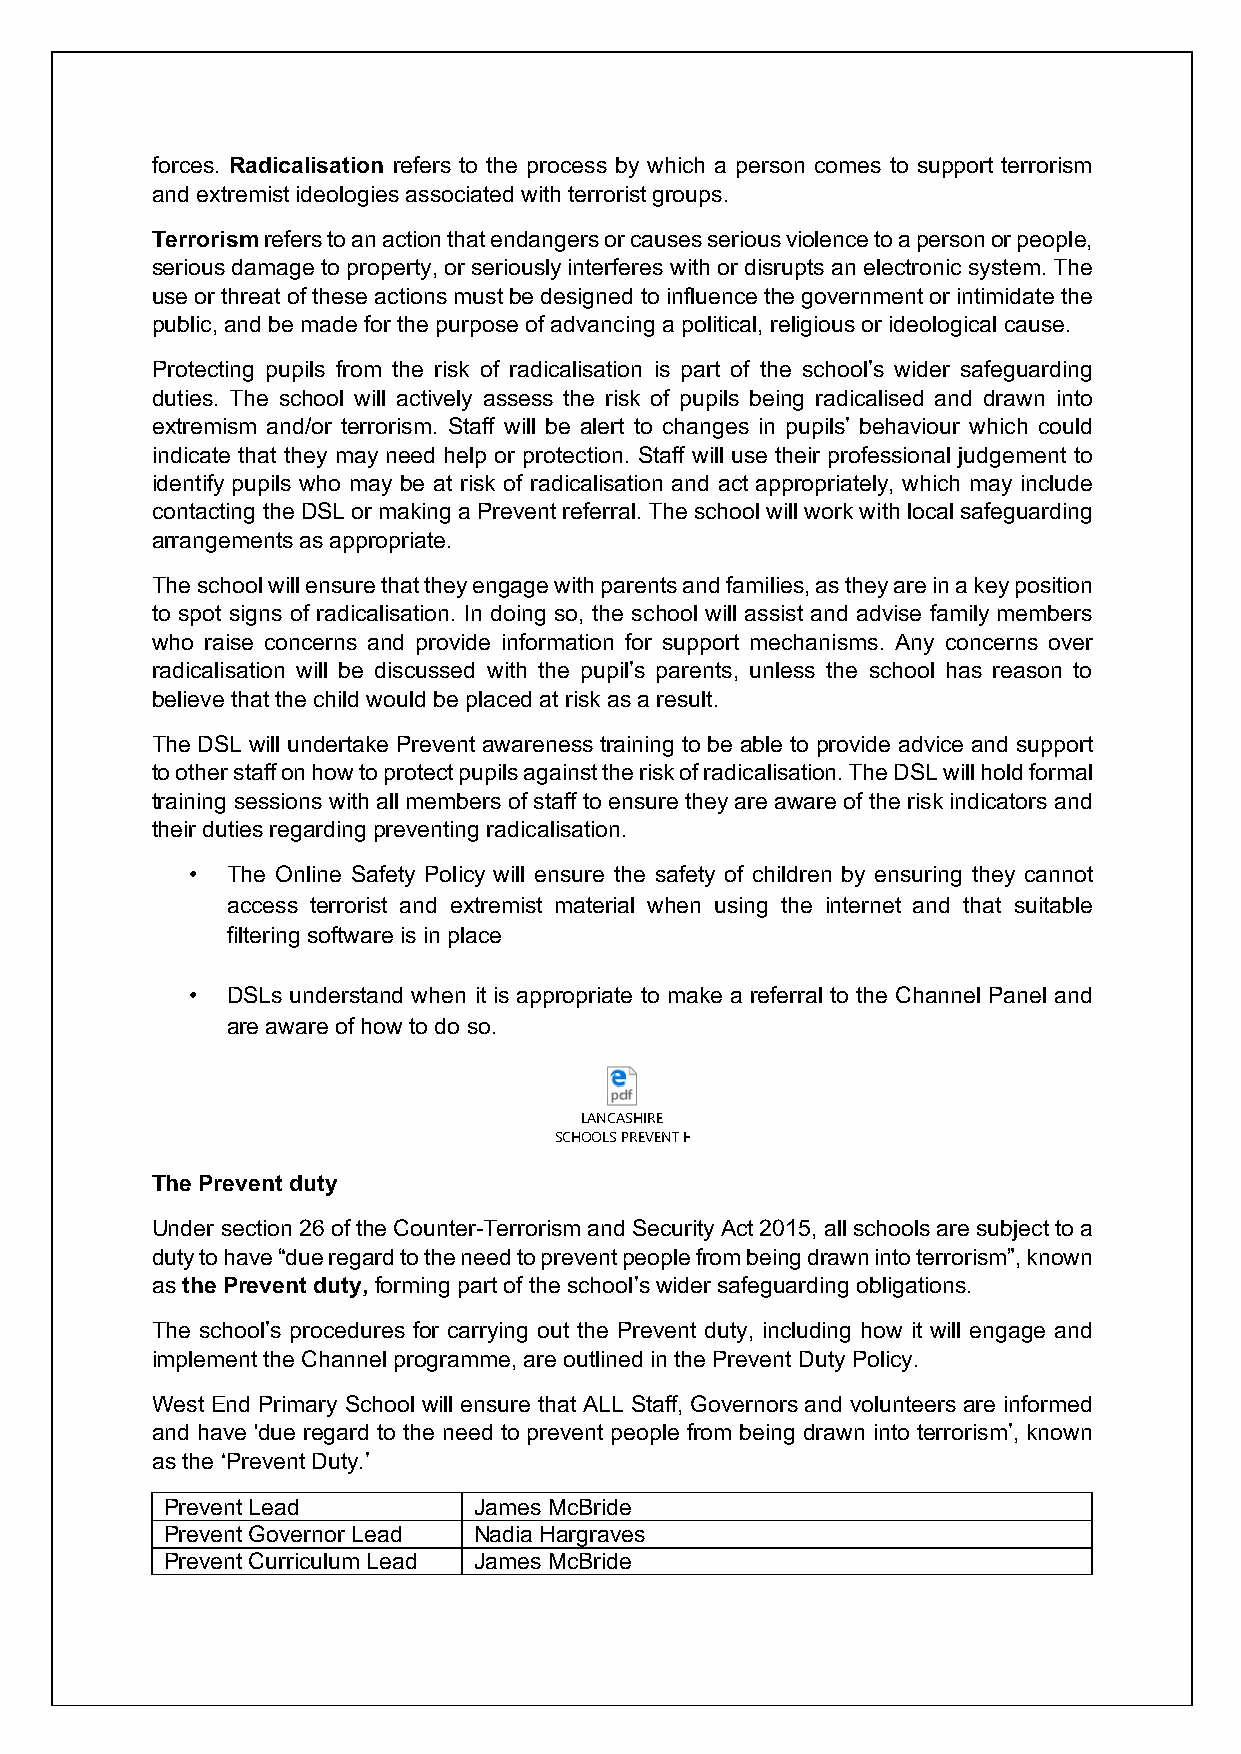
forces. Radicalisation refers to the process by which a person comes to support terrorism
 and extremist ideologies associated with terrorist groups.
 Terrorism refers to an action that endangers or causes serious violence to a person or people,
 serious damage to property, or seriously interferes with or disrupts an electronic system. The
 use or threat of these actions must be designed to influence the government or intimidate the
 public, and be made for the purpose of advancing a political, religious or ideological cause.
 Protecting pupils from the risk of radicalisation is part of the school’s wider safeguarding
 duties. The school will actively assess the risk of pupils being radicalised and drawn into
 extremism and/or terrorism. Staff will be alert to changes in pupils’ behaviour which could
 indicate that they may need help or protection. Staff will use their professional judgement to
 identify pupils who may be at risk of radicalisation and act appropriately, which may include
 contacting the DSL or making a Prevent referral. The school will work with local safeguarding
 arrangements as appropriate.
 The school will ensure that they engage with parents and families, as they are in a key position
 to spot signs of radicalisation. In doing so, the school will assist and advise family members
 who raise concerns and provide information for support mechanisms. Any concerns over
 radicalisation will be discussed with the pupil’s parents, unless the school has reason to
 believe that the child would be placed at risk as a result.
 The DSL will undertake Prevent awareness training to be able to provide advice and support
 to other staff on how to protect pupils against the risk of radicalisation. The DSL will hold formal
 training sessions with all members of staff to ensure they are aware of the risk indicators and
 their duties regarding preventing radicalisation.
 • The Online Safety Policy will ensure the safety of children by ensuring they cannot
 access terrorist and extremist material when using the internet and that suitable
 filtering software is in place
 • DSLs understand when it is appropriate to make a referral to the Channel Panel and
 are aware of how to do so.
 LANCASHIRE
 SCHOOLS PREVENT H ANDBOOK (004).pdf
 The Prevent duty
 Under section 26 of the Counter-Terrorism and Security Act 2015, all schools are subject to a
 duty to have “due regard to the need to prevent people from being drawn into terrorism”, known
 as the Prevent duty, forming part of the school’s wider safeguarding obligations.
 The school’s procedures for carrying out the Prevent duty, including how it will engage and
 implement the Channel programme, are outlined in the Prevent Duty Policy.
 West End Primary School will ensure that ALL Staff, Governors and volunteers are informed
 and have 'due regard to the need to prevent people from being drawn into terrorism’, known
 as the ‘Prevent Duty.’
 Prevent Lead        James McBride
 Prevent Governor Lead Nadia Hargraves
 Prevent Curriculum Lead James McBride